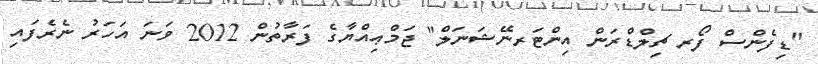
"ޑިފެންސް ފޯރ ޗިލްޑްރަން އިންޓަރނޭޝަނަލް" ޖަމްޢިއްޔާގެ ފަރާތުން 2012 ވަނަ އަހަރު ނެރެފައި